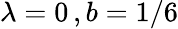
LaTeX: \lambda=0\, ,b=1/6